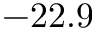
- 2 2 . 9